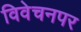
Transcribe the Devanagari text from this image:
विवेचनपर